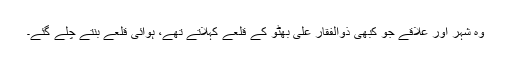
وہ شہر اور علاقے جو کبھی ذوالفقار علی بھٹو کے قلعے کہلاتے تھے، ہوائی قلعے بنتے چلے گئے۔